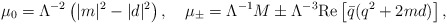
\begin{align*}\mu_0=\Lambda^{-2}\left(|m|^2-|d|^2\right),\quad\mu_{\pm} = \Lambda^{-1}M \pm \Lambda^{-3}{\rm Re}\left[{\bar q}(q^2+2md)\right],\end{align*}